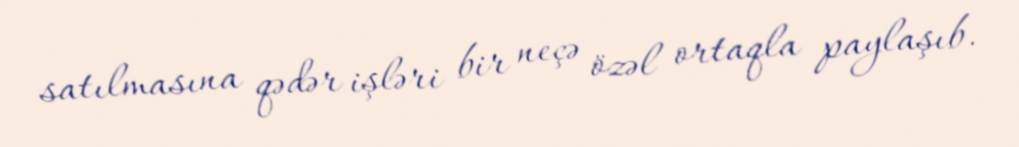
satılmasına qədər işləri bir neçə özəl ortaqla paylaşıb.